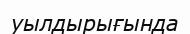
уылдырығында